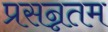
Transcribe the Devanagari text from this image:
प्रसन्नतम